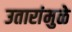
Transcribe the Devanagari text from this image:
उतारांमुळे